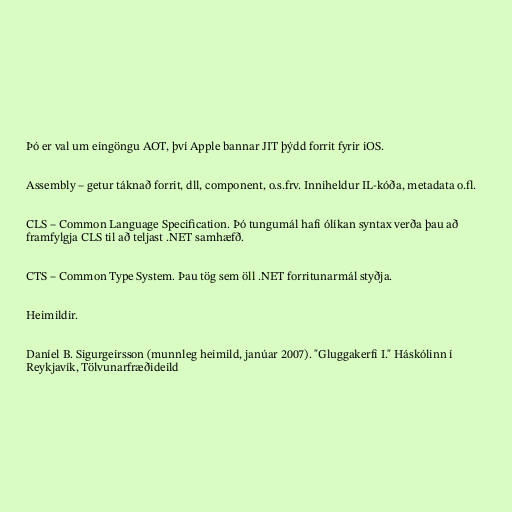
Þó er val um eingöngu AOT, því Apple bannar JIT þýdd forrit fyrir iOS.

Assembly – getur táknað forrit, dll, component, o.s.frv. Inniheldur IL-kóða, metadata o.fl.

CLS – Common Language Specification. Þó tungumál hafi ólíkan syntax verða þau að
framfylgja CLS til að teljast .NET samhæfð.

CTS – Common Type System. Þau tög sem öll .NET forritunarmál styðja.

Heimildir.

Daníel B. Sigurgeirsson (munnleg heimild, janúar 2007). "Gluggakerfi I." Háskólinn í
Reykjavík, Tölvunarfræðideild